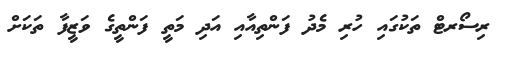
ރިސޯރޓް ތަކުގައި ހުރި މެދު ފަންތިއާއި އަދި މަތީ ފަންތީގެ ވަޒީފާ ތަކަށް